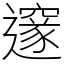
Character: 邃